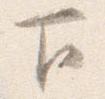
下